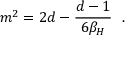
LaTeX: m ^ { 2 } = 2 d - { \frac { d - 1 } { 6 \beta _ { H } } } ~ ~ .